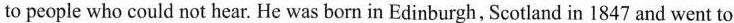
to people who could not hear. He was born in Edinburgh, Scotland in 1847 and went to